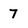
Character: 7